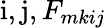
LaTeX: \mathrm{i},\mathrm{j},F_{mkij}